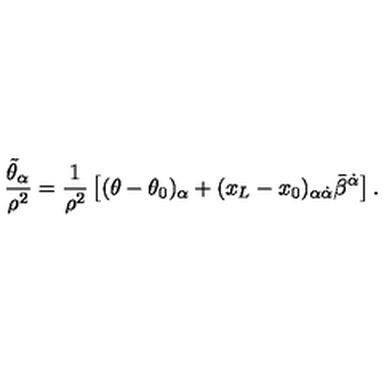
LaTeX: \frac { \tilde { \theta } _ { \alpha } } { \rho ^ { 2 } } = \frac { 1 } { \rho ^ { 2 } } \left[ ( \theta - \theta _ { 0 } ) _ { \alpha } + ( x _ { L } - x _ { 0 } ) _ { \alpha \dot { \alpha } } \bar { \beta } ^ { \dot { \alpha } } \right] .